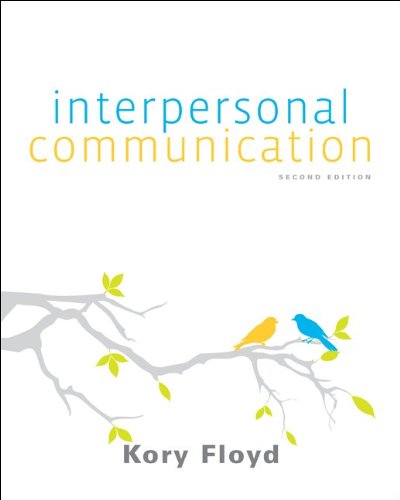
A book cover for Interpersonal Communication; Kory Floyd; Business & Money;